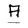
Character: A